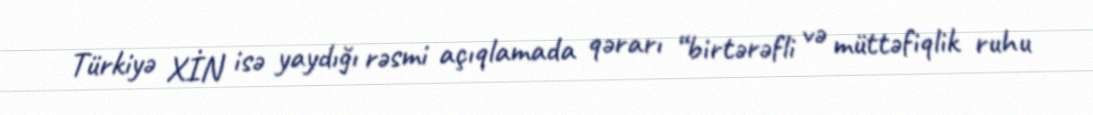
Türkiyə XİN isə yaydığı rəsmi açıqlamada qərarı “birtərəfli və müttəfiqlik ruhu